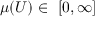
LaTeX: \mu ( U ) \in \ [ 0 , \infty ]